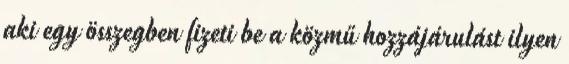
aki egy összegben fizeti be a közmű hozzájárulást ilyen